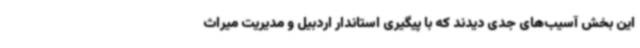
این بخش آسیب‌های جدی دیدند که با پیگیری استاندار اردبیل و مدیریت میراث